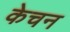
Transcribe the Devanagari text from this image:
केचन